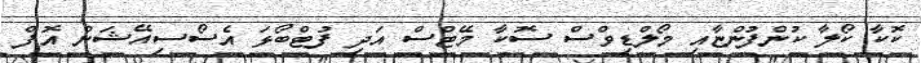
ކޮކާ ކޯލާ ކުންފުންޏާއި މޯލްޑިވްސް ސޮކާ މޭޓްސް އަދި ފުޓްބޯޅަ އެސޯސިއޭޝަން އޮފް